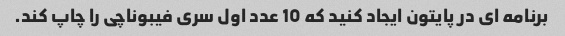
برنامه ای در پایتون ایجاد کنید که 10 عدد اول سری فیبوناچی را چاپ کند.